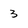
Character: 3